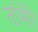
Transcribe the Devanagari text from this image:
तांभेरे